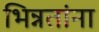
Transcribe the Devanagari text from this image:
भिन्नतांना